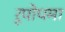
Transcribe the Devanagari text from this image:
रूपोपमा